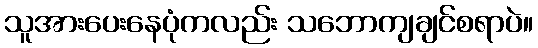
သူအားပေးနေပုံကလည်း သဘောကျချင်စရာပဲ။